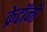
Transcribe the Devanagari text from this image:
क्रेटॉनों